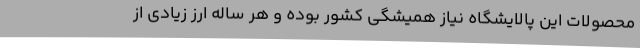
محصولات این پالایشگاه نیاز همیشگی کشور بوده و هر ساله ارز زیادی از